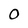
Character: 0